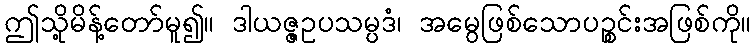
ဤသို့မိန့်တော်မူ၍။ ဒါယဇ္ဇဥပသမ္ပဒံ၊ အမွေဖြစ်သောပဉ္စင်းအဖြစ်ကို။